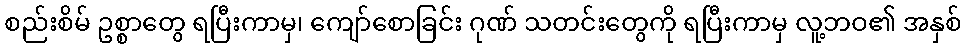
စည်းစိမ် ဥစ္စာတွေ ရပြီးကာမှ၊ ကျော်စောခြင်း ဂုဏ် သတင်းတွေကို ရပြီးကာမှ လူ့ဘဝ၏ အနှစ်